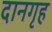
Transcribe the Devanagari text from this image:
दानगृह